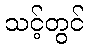
သင့်တွင်